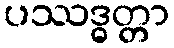
ပဿဒ္ဓတ္တာ